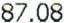
87.08